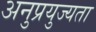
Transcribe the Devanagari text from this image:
अनुप्रयुज्यता